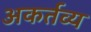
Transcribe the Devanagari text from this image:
अकर्तव्य